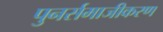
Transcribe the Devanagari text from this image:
पुनर्समाजीकरण